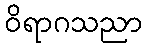
ဝိရာဂသညာ